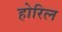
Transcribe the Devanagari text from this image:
होरिल